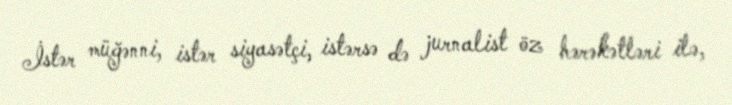
İstər müğənni, istər siyasətçi, istərsə də jurnalist öz hərəkətləri ilə,